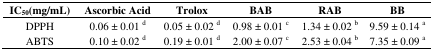
<table><thead><tr><td><b>IC<sub>50</sub>(mg/mL)</b></td><td><b>Ascorbic Acid</b></td><td><b>Trolox</b></td><td><b>BAB</b></td><td><b>RAB</b></td><td><b>BB</b></td></tr></thead><tbody><tr><td>DPPH</td><td>0.06 ± 0.01 <sup>d</sup></td><td>0.05 ± 0.02 <sup>d</sup></td><td>0.98 ± 0.01 <sup>c</sup></td><td>1.34 ± 0.02 <sup>b</sup></td><td>9.59 ± 0.14 <sup>a</sup></td></tr><tr><td>ABTS</td><td>0.10 ± 0.02 <sup>d</sup></td><td>0.19 ± 0.01 <sup>d</sup></td><td>2.00 ± 0.07 <sup>c</sup></td><td>2.53 ± 0.04 <sup>b</sup></td><td>7.35 ± 0.09 <sup>a</sup></td></tr></tbody></table>